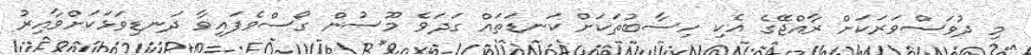
މި ދުވަސްވަރަކަށް ރާއްޖޭގެ އެކި ހިސާބުތަކަށް ކަނޑަތައް ގަދަވެ މޫސުން ގޯސްވެފައިވާ ދަނޑިވަޅަކަށްވާއިރު